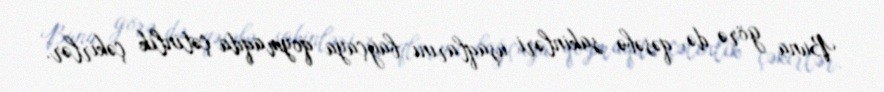
Buna görə də, qəsəbə sakinləri uşaqlarını bağçaya qoymaqda çətinlik çəkirlər.